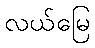
လယ်မြေ